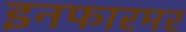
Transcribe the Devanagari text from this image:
इनफारमर